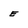
Character: E